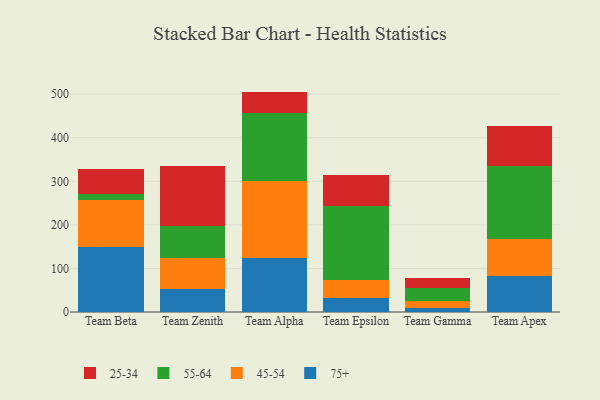
{"axis": {"x": "Team", "y": "Tickets Resolved"}, "legend": ["25-34", "45-54", "55-64", "75+"], "data": [{"x": "Team Beta", "y": 150.0, "type": "75+"}, {"x": "Team Beta", "y": 106.7, "type": "45-54"}, {"x": "Team Beta", "y": 13.7, "type": "55-64"}, {"x": "Team Beta", "y": 58.5, "type": "25-34"}, {"x": "Team Zenith", "y": 52.6, "type": "75+"}, {"x": "Team Zenith", "y": 70.3, "type": "45-54"}, {"x": "Team Zenith", "y": 74.8, "type": "55-64"}, {"x": "Team Zenith", "y": 136.7, "type": "25-34"}, {"x": "Team Alpha", "y": 123.0, "type": "75+"}, {"x": "Team Alpha", "y": 178.2, "type": "45-54"}, {"x": "Team Alpha", "y": 155.4, "type": "55-64"}, {"x": "Team Alpha", "y": 49.3, "type": "25-34"}, {"x": "Team Epsilon", "y": 33.0, "type": "75+"}, {"x": "Team Epsilon", "y": 40.0, "type": "45-54"}, {"x": "Team Epsilon", "y": 171.4, "type": "55-64"}, {"x": "Team Epsilon", "y": 70.1, "type": "25-34"}, {"x": "Team Gamma", "y": 8.4, "type": "75+"}, {"x": "Team Gamma", "y": 16.7, "type": "45-54"}, {"x": "Team Gamma", "y": 29.9, "type": "55-64"}, {"x": "Team Gamma", "y": 22.5, "type": "25-34"}, {"x": "Team Apex", "y": 83.3, "type": "75+"}, {"x": "Team Apex", "y": 83.6, "type": "45-54"}, {"x": "Team Apex", "y": 167.8, "type": "55-64"}, {"x": "Team Apex", "y": 92.4, "type": "25-34"}]}